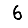
Digit: 6